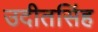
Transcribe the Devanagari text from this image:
उदीतसिंह